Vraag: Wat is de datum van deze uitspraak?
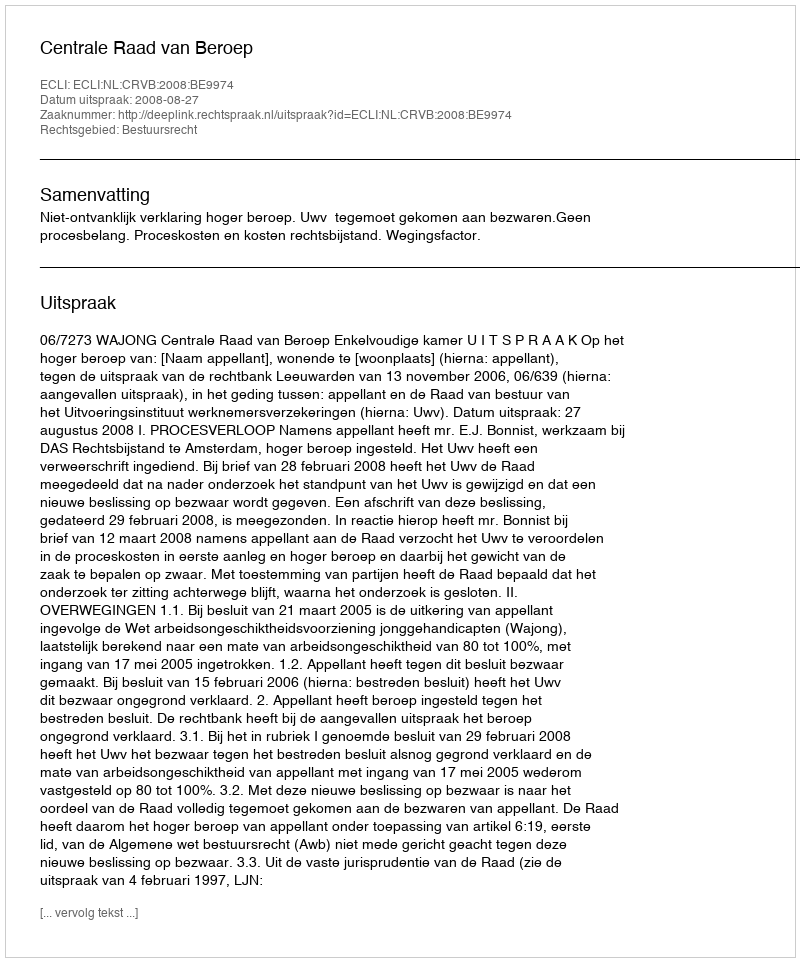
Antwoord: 2008-08-27